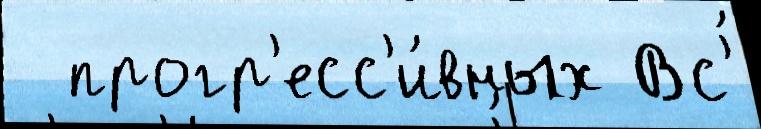
  прогр'есс'и́вных Вс'́